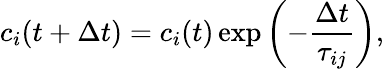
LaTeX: c_{i}(t+\Delta t)=c_{i}(t)\exp\left(-\frac{\Delta t}{\tau_{ij}}\right),